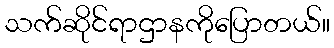
သက်ဆိုင်ရာဌာနကိုပြောတယ်။